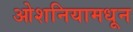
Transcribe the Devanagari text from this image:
ओशनियामधून